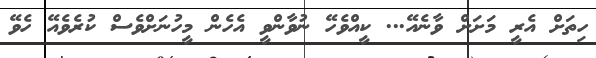
ހިތަށް އެރީ މަށަށް ވާނެއޭ... ކީއްވެހޭ ނުވާންވީ އެހެން މީހުނަށްވެސް ކުރެވެއޭ ހެވޭ